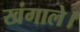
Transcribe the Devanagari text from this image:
खंगाले।